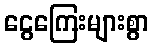
ငွေကြေးများစွာ